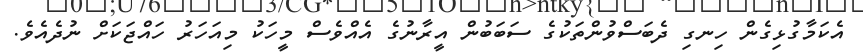
އެކަމާގުޅިގެން ހިނގި ދެބަސްވުންތަކުގެ ސަބަބުން އީރާނުގެ އެއްވެސް މީހަކު މިއަހަރު ހައްޖަކަށް ނުދެއެވެ.